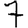
Digit: 7